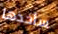
سأخذها